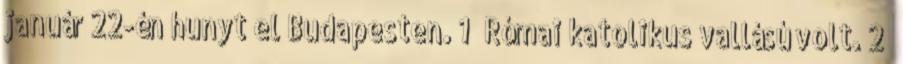
január 22-én hunyt el Budapesten. 1 Római katolikus vallású volt. 2